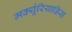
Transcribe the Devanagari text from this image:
मर्क्यूरियाडिस